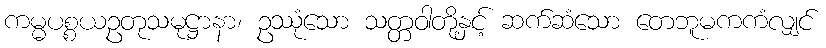
ကမ္မပစ္စယဥတုသမုဋ္ဌာနာ၊ ဥဿုံသော သတ္တဝါတို့နှင့် ဆက်ဆံသော တေဘူမကကံလျှင်